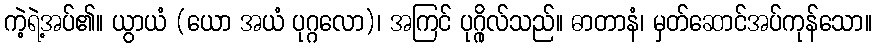
ကဲ့ရဲ့အပ်၏။ ယွာယံ (ယော အယံ ပုဂ္ဂလော)၊ အကြင် ပုဂ္ဂိုလ်သည်။ ဓာတာနံ၊ မှတ်ဆောင်အပ်ကုန်သော။